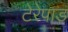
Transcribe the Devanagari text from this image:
टेरेपाड